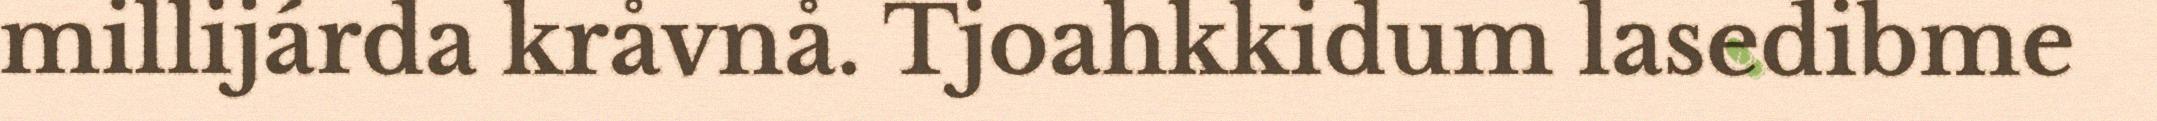
millijárda kråvnå. Tjoahkkidum lasedibme